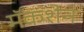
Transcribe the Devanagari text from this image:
मॅकशेन